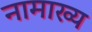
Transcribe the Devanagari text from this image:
नामाख्य